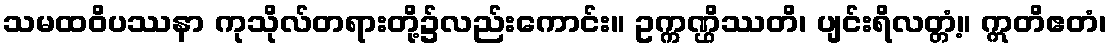
သမထဝိပဿနာ ကုသိုလ်တရားတို့၌လည်းကောင်း။ ဥက္ကဏ္ဌိဿတိ၊ ပျင်းရိလတ္တံ့။ ဣတိဧတံ၊